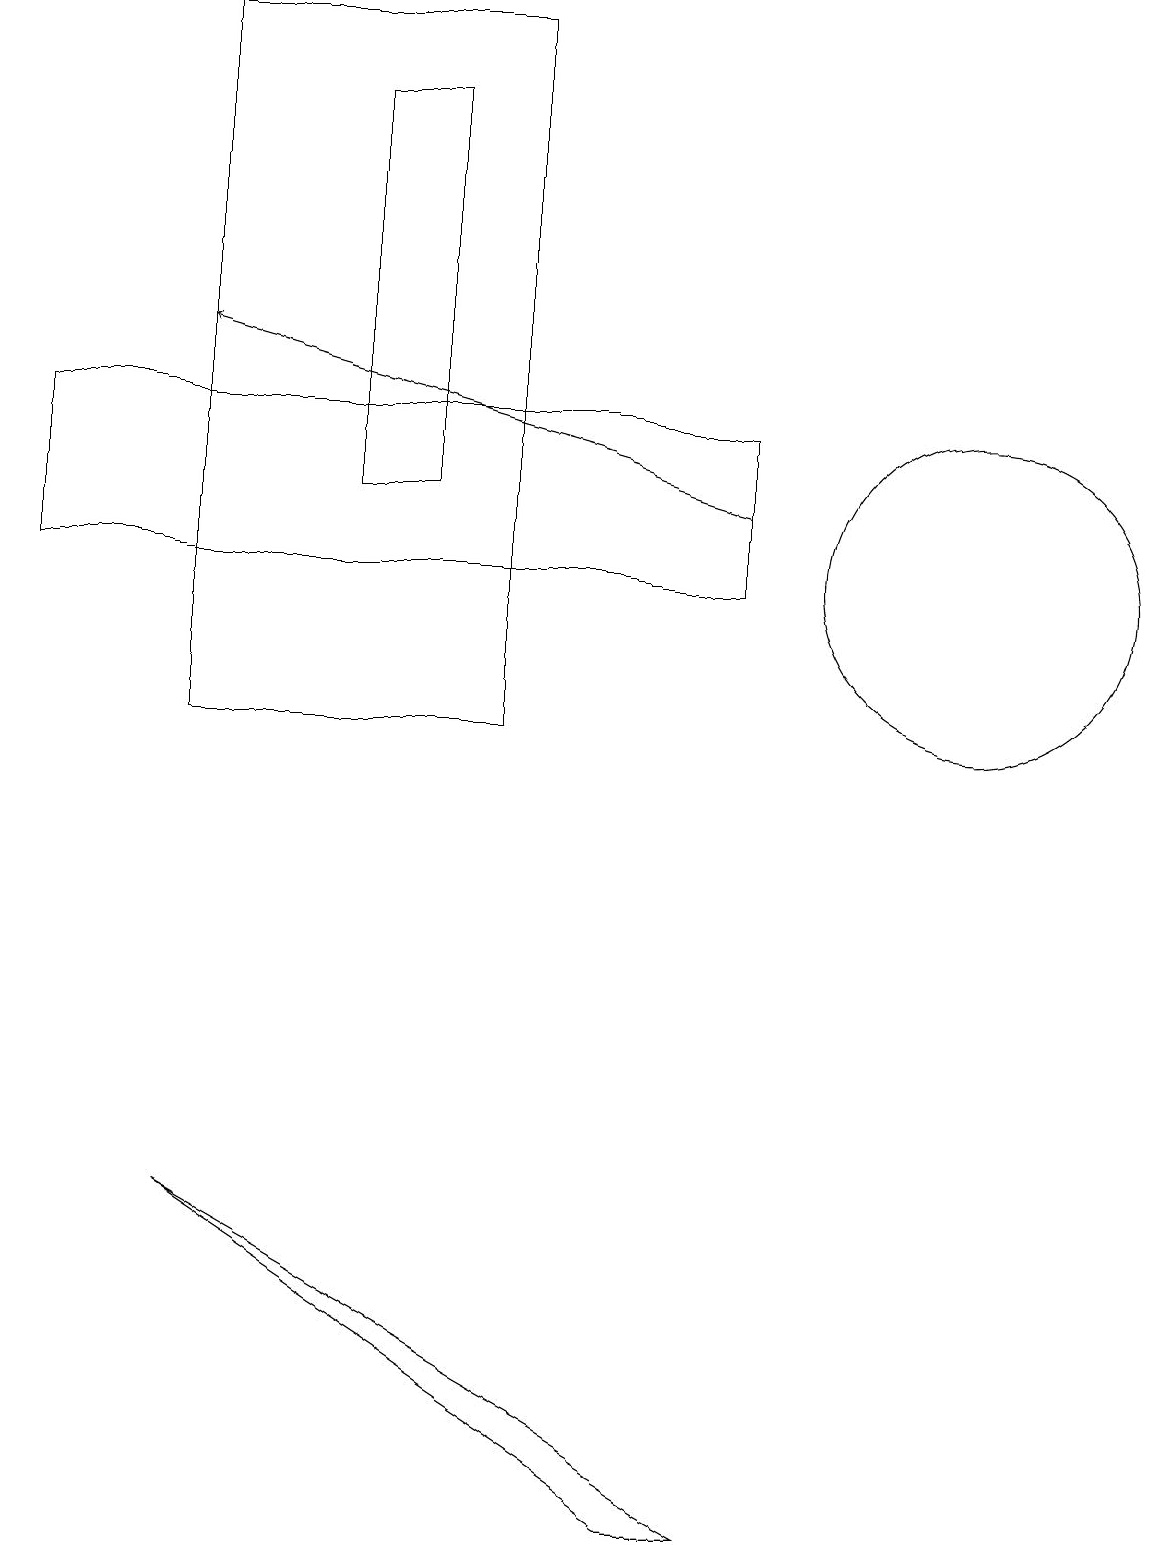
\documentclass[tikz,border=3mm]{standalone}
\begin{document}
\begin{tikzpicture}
\draw[->] (9,13) -- (2,15);
\draw (0,12) rectangle (9,14);
\draw (8,0) -- (9,0) -- (2,4) -- cycle;
\draw (2,10) rectangle (6,19);
\draw (5,13) rectangle (4,18);
\draw (12,12) circle (2);
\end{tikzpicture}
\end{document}